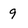
Character: 9